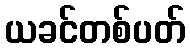
ယခင်တစ်ပတ်